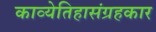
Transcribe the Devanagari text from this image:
काव्येतिहासंग्रहकार